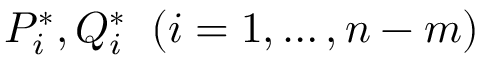
{ P } _ { i } ^ { \ast } , { Q } _ { i } ^ { \ast } \; \; ( i = 1 , \dots , n - m )